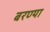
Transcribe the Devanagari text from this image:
बरण्या